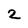
Character: 2